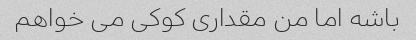
باشه اما من مقداری کوکی می خواهم